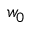
w _ { 0 }